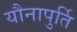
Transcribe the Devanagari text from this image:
यौनापुर्ति